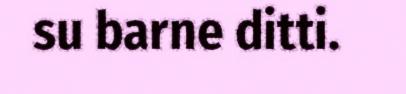
su barne ditti.